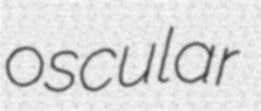
oscular